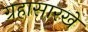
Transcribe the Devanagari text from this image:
ग्रहासारखे